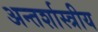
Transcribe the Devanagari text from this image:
अन्तर्शास्त्रीय